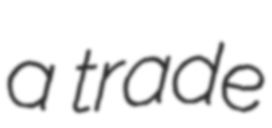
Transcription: a trade